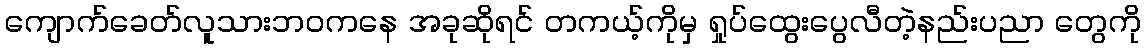
ကျောက်ခေတ်လူသားဘဝကနေ အခုဆိုရင် တကယ့်ကိုမှ ရှုပ်ထွေးပွေလီတဲ့နည်းပညာ တွေကို